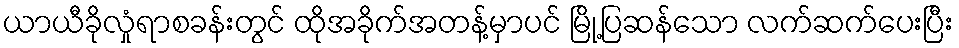
ယာယီခိုလှုံရာစခန်းတွင် ထိုအခိုက်အတန့်မှာပင် မြို့ပြဆန်သော လက်ဆက်ပေးပြီး